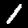
Digit: 1